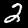
Digit: 2